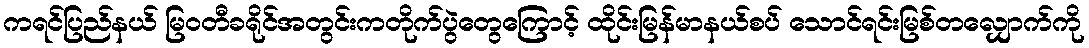
ကရင်ပြည်နယ် မြဝတီခရိုင်အတွင်းကတိုက်ပွဲတွေကြောင့် ထိုင်းမြန်မာနယ်စပ် သောင်ရင်းမြစ်တလျှောက်ကို